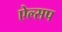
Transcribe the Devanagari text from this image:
ऐल्सप